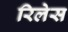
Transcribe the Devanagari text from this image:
रिलेस